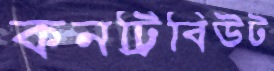
কনট্রিবিউট